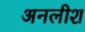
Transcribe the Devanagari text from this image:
अनलीश